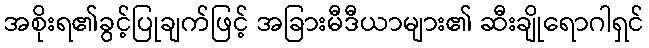
အစိုးရ၏ခွင့်ပြုချက်ဖြင့် အခြားမီဒီယာများ၏ ဆီးချိုရောဂါရှင်